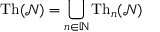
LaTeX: { \mathrm { T h } } ( { \mathcal { N } } ) = \bigcup _ { n \in \mathbb { N } } { \mathrm { T h } } _ { n } ( { \mathcal { N } } )